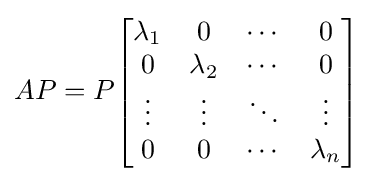
AP=P{\begin{bmatrix}\lambda _{1}&0&\cdots &0\\0&\lambda _{2}&\cdots &0\\\vdots &\vdots &\ddots &\vdots \\0&0&\cdots &\lambda _{n}\end{bmatrix}}